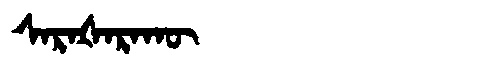
Manchu: ᠰᠠᡵᠠᡧᠠᡵᠠᡴᡡ
Romanization: SARAŠARAKŪ